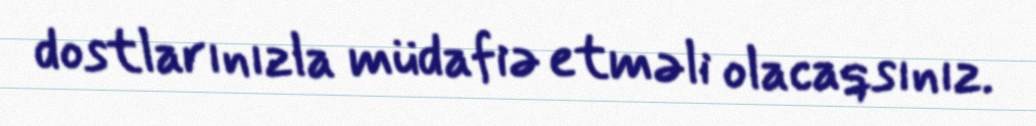
dostlarınızla müdafiə etməli olacaqsınız.